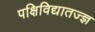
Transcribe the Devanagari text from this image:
पक्षिविद्यातज्‍ज्ञ